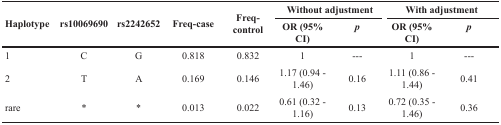
<table><thead><tr><td rowspan="2"><b>Haplotype</b></td><td rowspan="2"><b>rs10069690</b></td><td rowspan="2"><b>rs2242652</b></td><td rowspan="2"><b>Freq-case</b></td><td rowspan="2"><b>Freq-control</b></td><td colspan="2"><b>Without adjustment</b></td><td colspan="2"><b>With adjustment</b></td></tr><tr><td><b>OR (95% CI)</b></td><td><b><i>p</i></b></td><td><b>OR (95% CI)</b></td><td><b><i>p</i></b></td></tr></thead><tbody><tr><td>1</td><td>C</td><td>G</td><td>0.818</td><td>0.832</td><td>1</td><td>---</td><td>1</td><td>---</td></tr><tr><td>2</td><td>T</td><td>A</td><td>0.169</td><td>0.146</td><td>1.17 (0.94 - 1.46)</td><td>0.16</td><td>1.11 (0.86 - 1.44)</td><td>0.41</td></tr><tr><td>rare</td><td>*</td><td>*</td><td>0.013</td><td>0.022</td><td>0.61 (0.32 - 1.16)</td><td>0.13</td><td>0.72 (0.35 - 1.46)</td><td>0.36</td></tr></tbody></table>